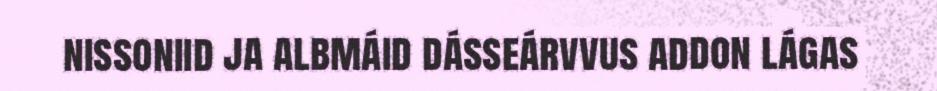
nissoniid ja albmáid dásseárvvus addon lágas